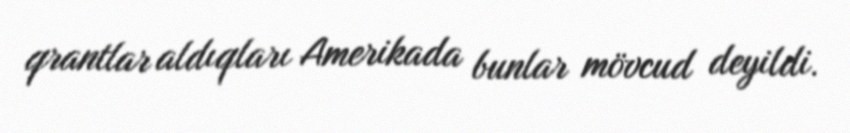
qrantlar aldıqları Amerikada bunlar mövcud deyildi.